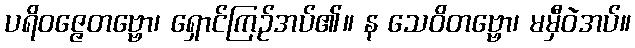
ပရိဝဇ္ဇေတဗ္ဗော၊ ရှောင်ကြဉ်အပ်၏။ န သေဝိတဗ္ဗော၊ မမှီဝဲအပ်။